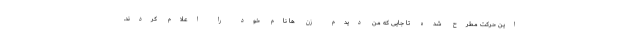
این حرکت مطرح شده تا جایی که من دیدم زن ها نام خود را اعلام کردند.